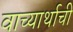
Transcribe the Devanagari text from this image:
वाच्यार्थाची